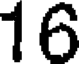
16